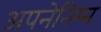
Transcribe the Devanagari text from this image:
अपनेनिम्न